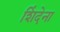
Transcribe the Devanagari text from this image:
शिंदेना